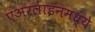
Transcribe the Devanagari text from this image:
एअरलाइनमध्ये